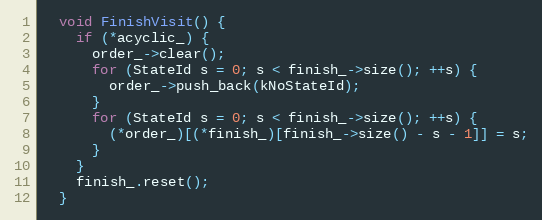
Language: C
  void FinishVisit() {
    if (*acyclic_) {
      order_->clear();
      for (StateId s = 0; s < finish_->size(); ++s) {
        order_->push_back(kNoStateId);
      }
      for (StateId s = 0; s < finish_->size(); ++s) {
        (*order_)[(*finish_)[finish_->size() - s - 1]] = s;
      }
    }
    finish_.reset();
  }